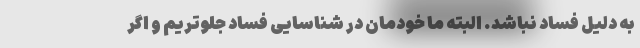
به دلیل فساد نباشد. البته ما خودمان در شناسایی فساد جلوتریم و اگر